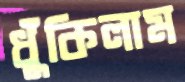
ধুঁকিলাম